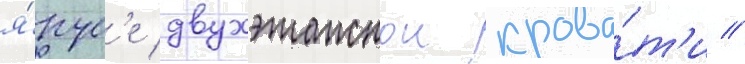
я́рус'е двухэтажнои крова́т'и //